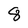
Character: 8